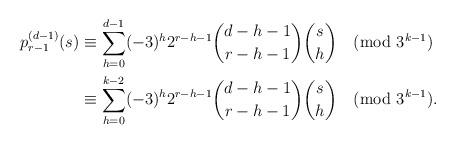
LaTeX: \begin{align*}p_{r-1}^{(d-1)}(s)&\equiv\sum_{h=0}^{d-1}(-3)^h2^{r-h-1}\binom{d-h-1}{r-h-1}\binom{s}{h}\pmod{3^{k-1}}\\&\equiv \sum_{h=0}^{k-2}(-3)^h2^{r-h-1}\binom{d-h-1}{r-h-1}\binom{s}{h}\pmod{3^{k-1}}.\end{align*}